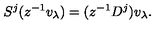
S ^ { j } ( z ^ { - 1 } v _ { \lambda } ) = ( z ^ { - 1 } D ^ { j } ) v _ { \lambda } .